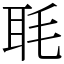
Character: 毦